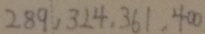
2 8 9 , 3 2 4 , 3 6 0 , 4 0 0